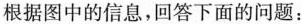
根据图中的信息，回答下面的问题：